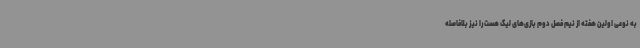
به نوعی اولین هفته از نیم فصل دوم بازی‌های لیگ هست را نیز بلافاصله